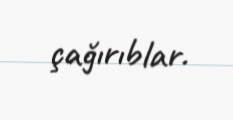
çağırıblar.